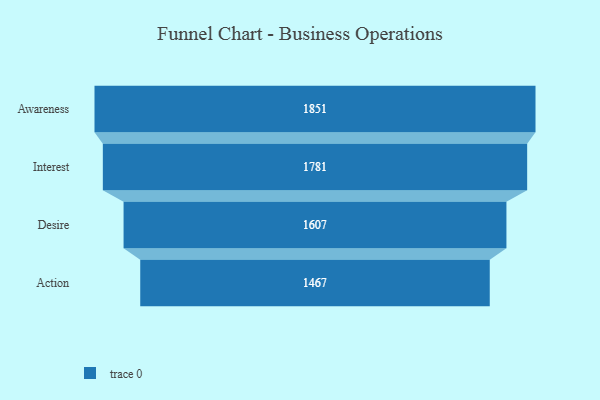
{"axis": {"x": "Stage", "y": "Value"}, "legend": [""], "data": [{"x": "Awareness", "y": 1851.0, "type": ""}, {"x": "Interest", "y": 1781.0, "type": ""}, {"x": "Desire", "y": 1607.0, "type": ""}, {"x": "Action", "y": 1467.0, "type": ""}]}